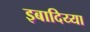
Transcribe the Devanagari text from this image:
इबादिय्या